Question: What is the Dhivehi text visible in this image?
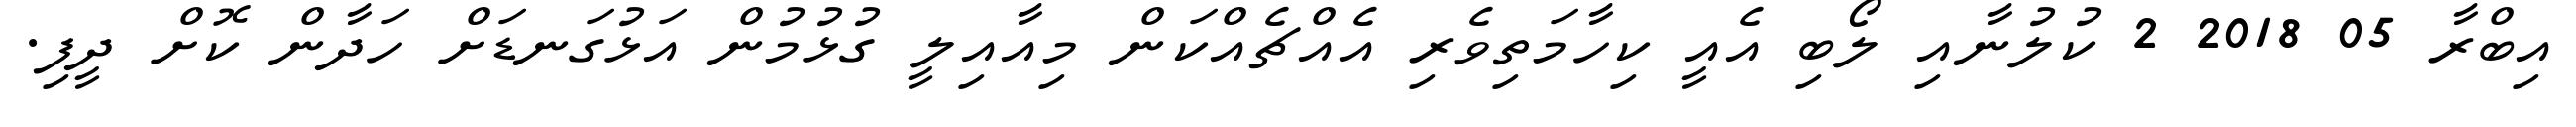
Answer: އިބްރާ 05 2018 2 ކުލުނާއި ލޯބި އެއީ ކިހާމަތިވެރި އެއްޗެއްކަން މިއާއިލީ ގުޅުމުން އަޅުގަނޑަށް ހަދާން ކޮށް ދީފި.